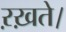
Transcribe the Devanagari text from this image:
ऱख़ते।